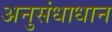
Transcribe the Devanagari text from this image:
अनुसंधाधान